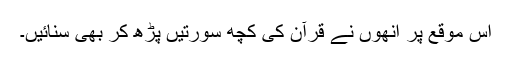
اس موقع پر انھوں نے قرآن کی کچھ سورتیں پڑھ کر بھی سنائیں۔